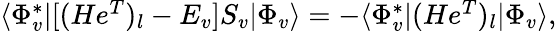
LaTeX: \begin{array}{r}{\langle\Phi_{v}^{*}|[(He^{T})_{l}-E_{v}]S_{v}|\Phi_{v}\rangle=-\langle\Phi_{v}^{*}|(He^{T})_{l}|\Phi_{v}\rangle,}\end{array}